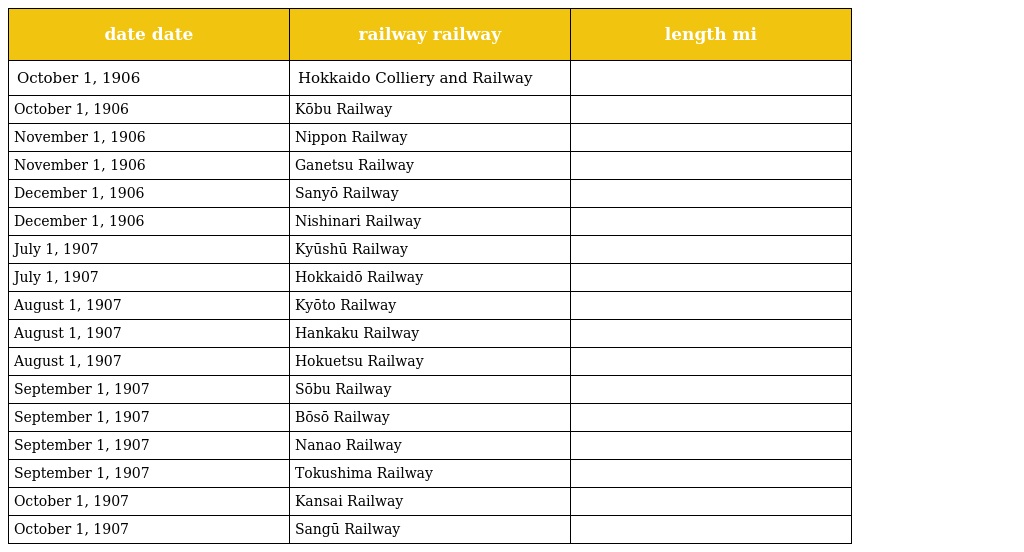
| date date | railway railway | length mi |
 | --- | --- | --- |
 | October 1, 1906 | Hokkaido Colliery and Railway |  |
 | October 1, 1906 | Kōbu Railway |  |
 | November 1, 1906 | Nippon Railway |  |
 | November 1, 1906 | Ganetsu Railway |  |
 | December 1, 1906 | Sanyō Railway |  |
 | December 1, 1906 | Nishinari Railway |  |
 | July 1, 1907 | Kyūshū Railway |  |
 | July 1, 1907 | Hokkaidō Railway |  |
 | August 1, 1907 | Kyōto Railway |  |
 | August 1, 1907 | Hankaku Railway |  |
 | August 1, 1907 | Hokuetsu Railway |  |
 | September 1, 1907 | Sōbu Railway |  |
 | September 1, 1907 | Bōsō Railway |  |
 | September 1, 1907 | Nanao Railway |  |
 | September 1, 1907 | Tokushima Railway |  |
 | October 1, 1907 | Kansai Railway |  |
 | October 1, 1907 | Sangū Railway |  |